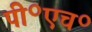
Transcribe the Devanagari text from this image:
पी॰एच॰